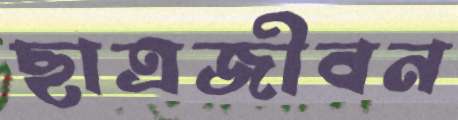
ছাত্রজীবন